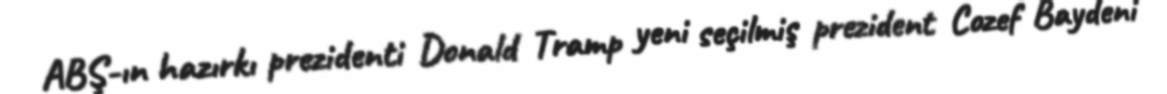
ABŞ-ın hazırkı prezidenti Donald Tramp yeni seçilmiş prezident Cozef Baydeni